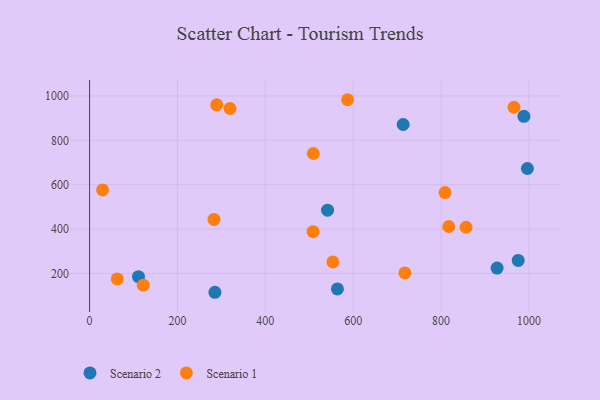
{"axis": {"x": "Experience", "y": "Salary"}, "legend": ["Scenario 1", "Scenario 2"], "data": [{"x": "996.4", "y": 673.0, "type": "Scenario 2"}, {"x": "564.1", "y": 130.2, "type": "Scenario 2"}, {"x": "285.3", "y": 115.1, "type": "Scenario 2"}, {"x": "111.3", "y": 185.4, "type": "Scenario 2"}, {"x": "541.6", "y": 485.2, "type": "Scenario 2"}, {"x": "988.5", "y": 908.2, "type": "Scenario 2"}, {"x": "975.5", "y": 258.5, "type": "Scenario 2"}, {"x": "713.7", "y": 871.4, "type": "Scenario 2"}, {"x": "927.4", "y": 224.1, "type": "Scenario 2"}, {"x": "319.6", "y": 943.4, "type": "Scenario 1"}, {"x": "508.8", "y": 388.3, "type": "Scenario 1"}, {"x": "63.1", "y": 175.3, "type": "Scenario 1"}, {"x": "809.1", "y": 564.4, "type": "Scenario 1"}, {"x": "289.3", "y": 960.2, "type": "Scenario 1"}, {"x": "509.2", "y": 740.6, "type": "Scenario 1"}, {"x": "587.2", "y": 983.0, "type": "Scenario 1"}, {"x": "122.2", "y": 147.0, "type": "Scenario 1"}, {"x": "717.6", "y": 202.1, "type": "Scenario 1"}, {"x": "965.9", "y": 949.1, "type": "Scenario 1"}, {"x": "283.1", "y": 443.4, "type": "Scenario 1"}, {"x": "817.5", "y": 411.5, "type": "Scenario 1"}, {"x": "553.7", "y": 252.0, "type": "Scenario 1"}, {"x": "29.7", "y": 576.5, "type": "Scenario 1"}, {"x": "856.9", "y": 408.1, "type": "Scenario 1"}]}